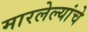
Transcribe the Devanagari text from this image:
मारलेल्यांचे